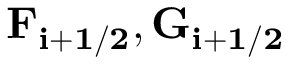
\mathbf { F _ { i + 1 / 2 } } , \mathbf { G _ { i + 1 / 2 } }